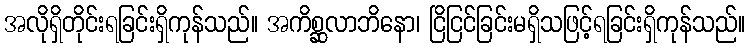
အလိုရှိတိုင်းရခြင်းရှိကုန်သည်။ အကိစ္ဆလာဘိနော၊ ငြိငြင်ခြင်းမရှိသဖြင့်ရခြင်းရှိကုန်သည်။